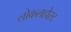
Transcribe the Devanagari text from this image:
लोकलहोस्ट